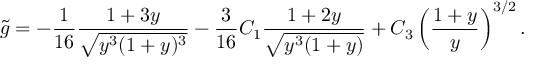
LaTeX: { \tilde { g } } = - \frac { 1 } { 1 6 } \frac { 1 + 3 y } { \sqrt { y ^ { 3 } ( 1 + y ) ^ { 3 } } } - \frac { 3 } { 1 6 } C _ { 1 } \frac { 1 + 2 y } { \sqrt { y ^ { 3 } ( 1 + y ) } } + C _ { 3 } \left( \frac { 1 + y } { y } \right) ^ { 3 / 2 } .